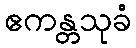
ဧကန္တသုခံ